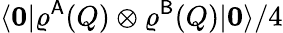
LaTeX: \langle\boldsymbol{0}|\varrho^{\mathsf{A}}(Q)\otimes\varrho^{\mathsf{B}}(Q)|\boldsymbol{0}\rangle/4